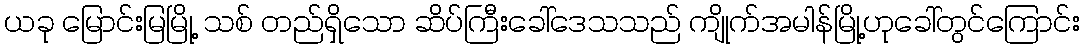
ယခု မြောင်းမြမြို့ သစ် တည်ရှိသော ဆိပ်ကြီးခေါ်ဒေသသည် ကျိုက်အမါန်မြို့ဟုခေါ်တွင်ကြောင်း